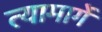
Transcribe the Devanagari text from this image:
त्यामार्गे